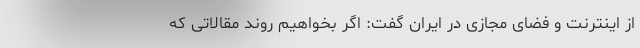
از اینترنت و فضای مجازی در ایران گفت: اگر بخواهیم روند مقالاتی که